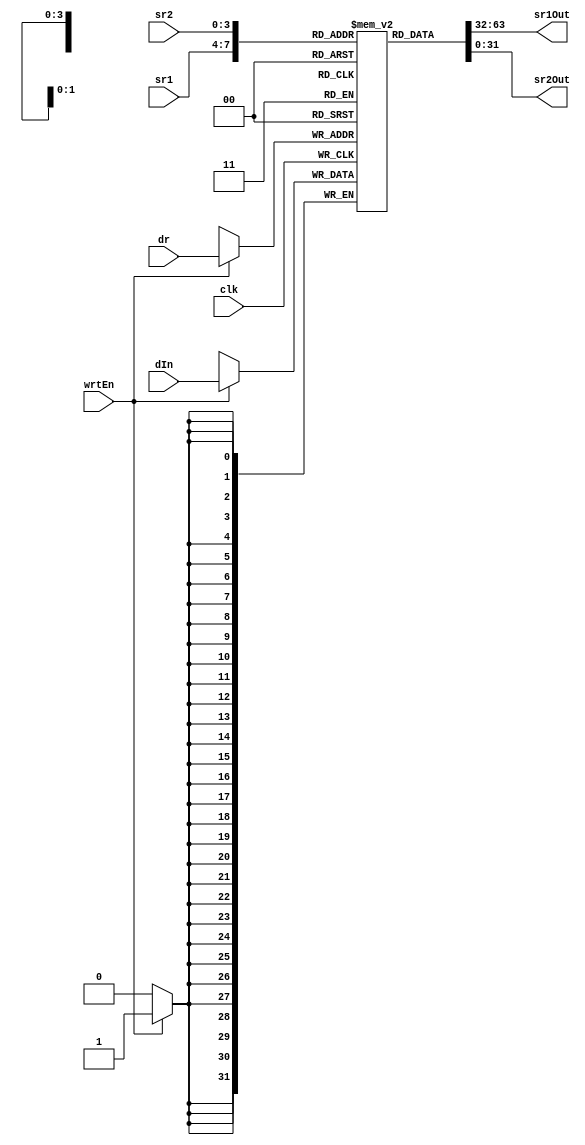
module RegisterFile(clk, wrtEn, dIn, dr, sr1, sr2, sr1Out, sr2Out);
	parameter BIT_WIDTH = 32;
	parameter REG_WIDTH = 4;
	parameter REG_SIZE = (1 << REG_WIDTH);

	input clk, wrtEn;
	input [BIT_WIDTH - 1 : 0] dIn;
	input [REG_WIDTH - 1 : 0] dr, sr1, sr2;
	output [BIT_WIDTH - 1 : 0] sr1Out, sr2Out;
	
	reg [BIT_WIDTH - 1 : 0] regs [0 : REG_SIZE - 1];

	always @(posedge clk)
		if (wrtEn) regs[dr] <= dIn;	

	assign sr1Out = regs[sr1];
	assign sr2Out = regs[sr2];
	
endmodule